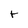
Character: t